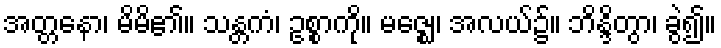
အတ္တနော၊ မိမိ၏။ သန္တကံ၊ ဥစ္စာကို။ မဇ္ဈေ၊ အလယ်၌။ ဘိန္ဒိတွာ၊ ခွဲ၍။